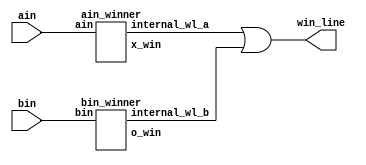
// DetectWinner
// Detects whether either ain or bin has three in a row 
// Inputs:
//   ain, bin - (9-bit) current positions of type a and b
// Out:
//   win_line - (8-bit) if A/B wins, one hot indicates along which row, col or diag
//   win_line(0) = 1 means a win in row 8 7 6 (i.e., either ain or bin has all ones in this row)
//   win_line(1) = 1 means a win in row 5 4 3
//   win_line(2) = 1 means a win in row 2 1 0
//   win_line(3) = 1 means a win in col 8 5 2
//   win_line(4) = 1 means a win in col 7 4 1
//   win_line(5) = 1 means a win in col 6 3 0
//   win_line(6) = 1 means a win along the downward diagonal 8 4 0
//   win_line(7) = 1 means a win along the upward diagonal 2 4 6

module DetectWinner( input [8:0] ain, bin, output [7:0] win_line);
  // CPEN 211 LAB 3, PART 1: your implementation goes here
	wire [7:0] internal_wl_a, internal_wl_b; // for setting the signal in an always block
	wire x_win, o_win;

	ain_winner A(ain, x_win, internal_wl_a);
	bin_winner B(bin, o_win, internal_wl_b);	

	assign win_line = (internal_wl_a | internal_wl_b);	
endmodule
//detects if bin won, and where
	module bin_winner (bin, o_win, internal_wl_b);
		input [8:0] bin;
		output o_win; //for bonus question
		output reg [7:0] internal_wl_b;
		
		always @(*) begin
			internal_wl_b = 8'b00000000;
			casex(bin) //setting internal_wl_b to show winning row in bin
				9'b111xxxxxx: internal_wl_b[0]=1;
				9'bxxx111xxx: internal_wl_b[1]=1;
				9'bxxxxxx111: internal_wl_b[2]=1;		
				9'b1xx1xx1xx: internal_wl_b[3]=1;	
				9'bx1xx1xx1x: internal_wl_b[4]=1;
				9'bxx1xx1xx1: internal_wl_b[5]=1;
				9'b1xxx1xxx1: internal_wl_b[6]=1;
				9'bxx1x1x1xx: internal_wl_b[7]=1;
				default: internal_wl_b=8'b00000000;
			endcase

		end
		assign o_win = (|internal_wl_b);
	endmodule

//detects if ain won, and where
	module ain_winner (ain, x_win, internal_wl_a);
		input [8:0] ain;
		output x_win; //for bonus question
		output reg [7:0] internal_wl_a;
		
		
		always @(*) begin
			internal_wl_a = 8'b00000000;
			casex(ain) //setting internal_wl_a to show winning row in ain
				9'b111xxxxxx: internal_wl_a[0]=1;
				9'bxxx111xxx: internal_wl_a[1]=1;
				9'bxxxxxx111: internal_wl_a[2]=1;		
				9'b1xx1xx1xx: internal_wl_a[3]=1;	
				9'bx1xx1xx1x: internal_wl_a[4]=1;
				9'bxx1xx1xx1: internal_wl_a[5]=1;
				9'b1xxx1xxx1: internal_wl_a[6]=1;
				9'bxx1x1x1xx: internal_wl_a[7]=1;
				default: internal_wl_a=8'b00000000;
			endcase

		end
		assign x_win = (|internal_wl_a);
	endmodule